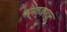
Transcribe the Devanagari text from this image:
श्रीमत्‌जगद्गुरू